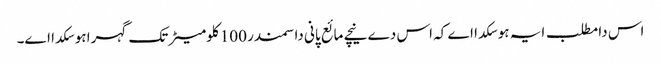
اس دا مطلب ایہ ہو سکدا اے کہ اس دے نیچے مائع پانی دا سمندر 100 کلومیٹر تک گہرا ہو سکدا ا‏‏ے۔